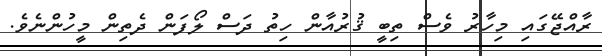
ރާއްޖޭގައި މިހާރު ވެސް ތިބީ ޤުރުއާން ހިތު ދަސް ލޯފަން ދެތިން މީހުންނެވެ.